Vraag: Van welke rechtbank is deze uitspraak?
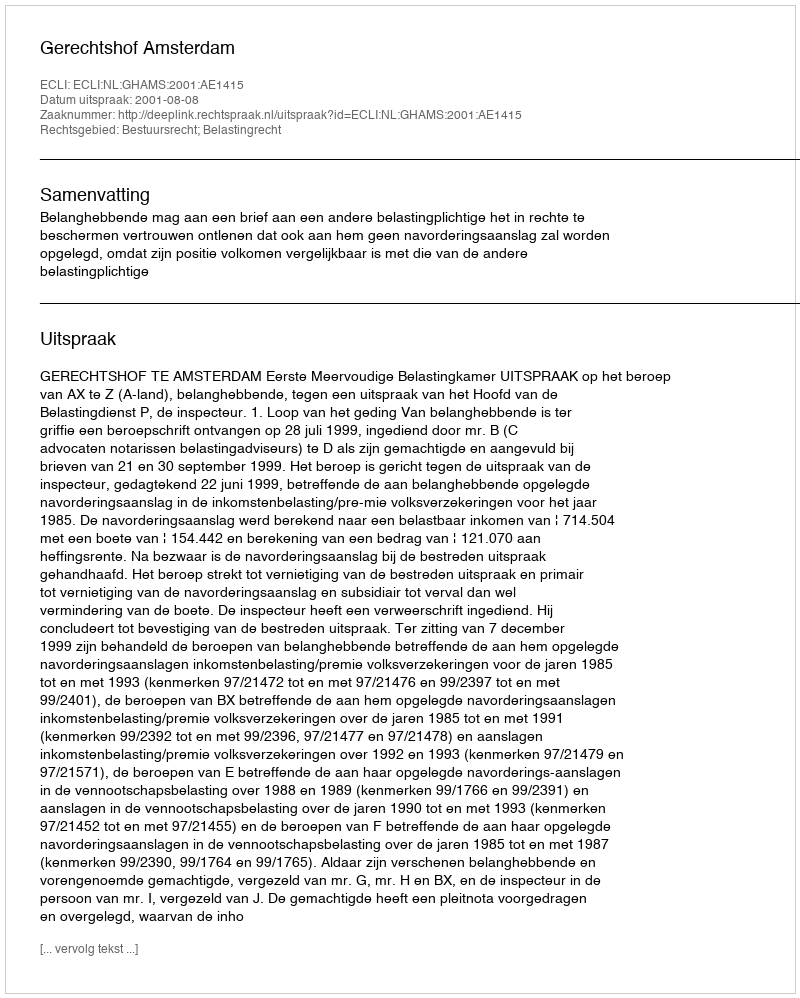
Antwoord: Gerechtshof Amsterdam